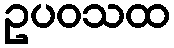
ဥပဝသထ